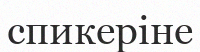
спикеріне